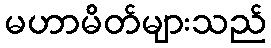
မဟာမိတ်များသည်